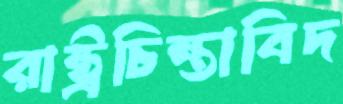
রাষ্ট্রচিন্তাবিদ